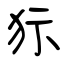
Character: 狋